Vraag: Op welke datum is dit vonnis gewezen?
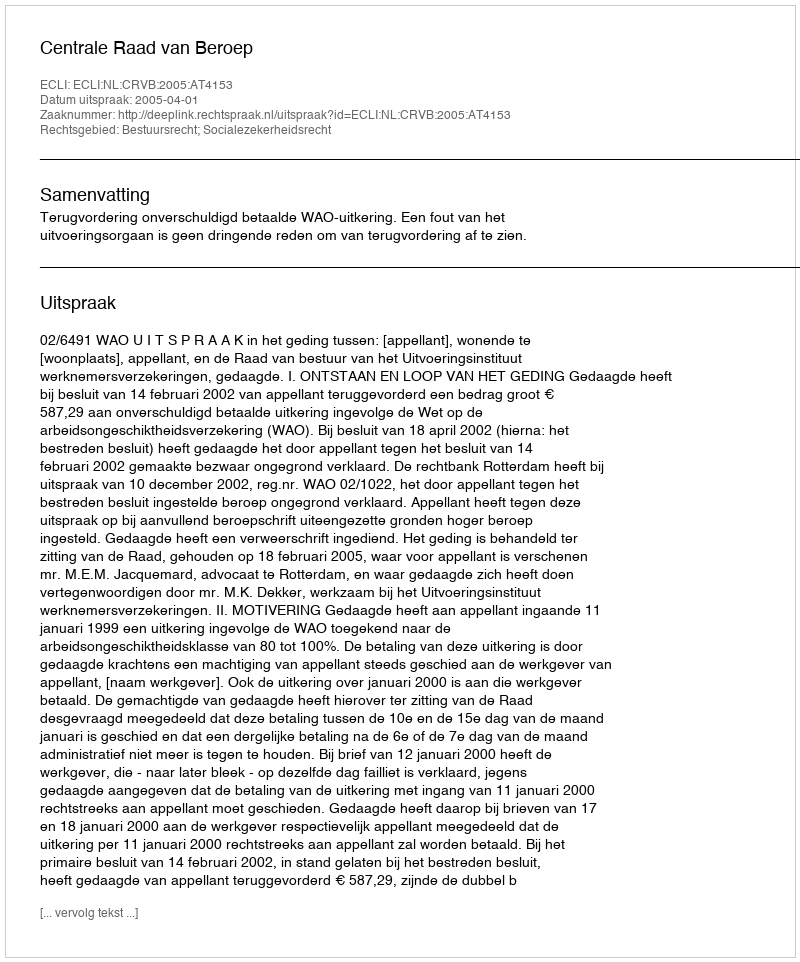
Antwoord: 2005-04-01